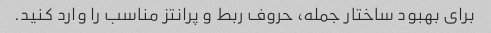
برای بهبود ساختار جمله، حروف ربط و پرانتز مناسب را وارد کنید.